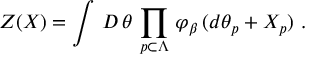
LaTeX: \left. Z ( X ) = \int \, { \cal D } \, \theta \, \prod _ { p \subset \Lambda } \, \varphi _ { \beta } \, ( d \theta _ { p } + X _ { p } ) \ . \right.